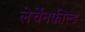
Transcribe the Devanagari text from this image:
लेर्चेंनफील्ड